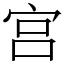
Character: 宫